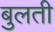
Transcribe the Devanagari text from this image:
बुलती